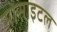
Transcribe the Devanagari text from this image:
सोसाइटल